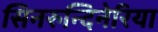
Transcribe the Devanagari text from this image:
सिनरुन्दिनेरिया